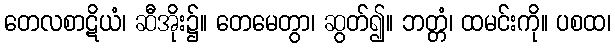
တေလစာဋိယံ၊ ဆီအိုး၌။ တေမေတွာ၊ ဆွတ်၍။ ဘတ္တံ၊ ထမင်းကို။ ပစထ၊